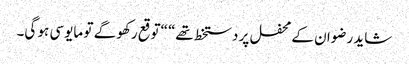
شاید رضوان کے محفل پر دستخط تھے“ “توقع رکھو گے تو مایوسی ہو گی۔